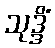
သုဒ္ဒိံ